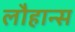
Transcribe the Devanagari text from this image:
लौहान्स